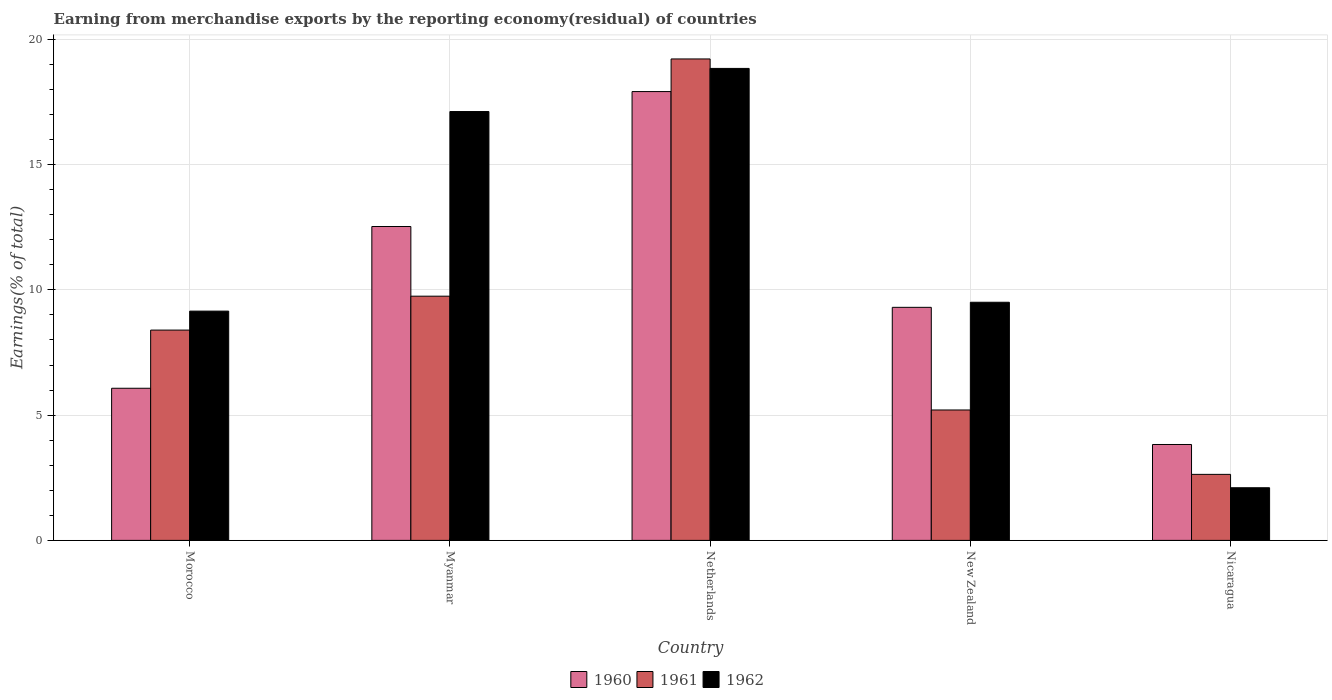
| Country | 1960 | 1961 | 1962 |
 | --- | --- | --- | --- |
 | Morocco | 6.07 | 8.39 | 9.15 |
 | Myanmar | 12.5 | 9.75 | 17.1 |
 | Netherlands | 17.9 | 19.2 | 18.8 |
 | New Zealand | 9.3 | 5.21 | 9.51 |
 | Nicaragua | 3.83 | 2.64 | 2.1 |